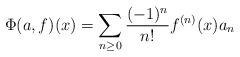
LaTeX: \begin{align*}\Phi(a,f)(x)=\sum_{n\ge 0}\frac{(-1)^{n}}{n!}f^{(n)}(x)a_{n}\end{align*}